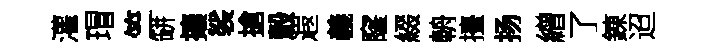
灌瑁竺缾攘裟搶轂遐義窿綴輈擡扬繒了錬迢